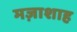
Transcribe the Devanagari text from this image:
मज़ाशाह